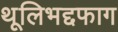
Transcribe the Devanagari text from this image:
थूलिभद्दफाग